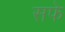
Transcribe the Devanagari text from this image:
सफे